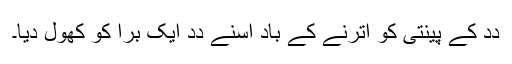
دِدِ کے پینتی کو اُترنے کے باد اُسنے دِدِ ایک برا کو کھول دِیا۔